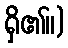
ရှိ၏။)